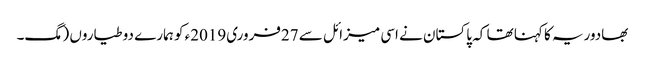
بھادوریہ کا کہنا تھا کہ پاکستان نے اسی میزائل سے 27فروری2019ء کو ہمارے دو طیاروں (مگ۔